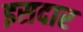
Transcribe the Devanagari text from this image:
इसदार